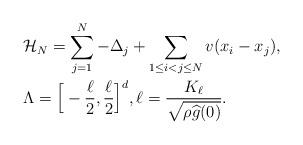
LaTeX: \begin{align*}&\mathcal{H}_N = \sum_{j=1}^N -\Delta_j + \sum_{1\leq i<j \leq N} v(x_i-x_j), \\&\Lambda = \Big[-\frac{\ell}{2}, \frac{\ell}{2}\Big]^d, \ell = \frac{K_{\ell}}{\sqrt{\rho \widehat{g}(0)}}.\end{align*}